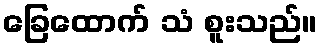
ခြေထောက် သံ စူးသည်။